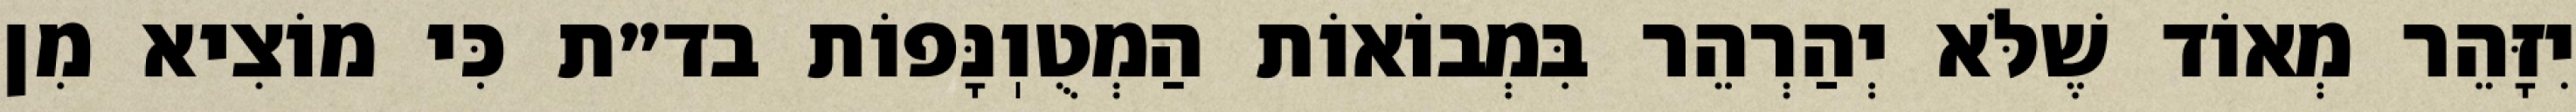
יִזָּהֵר מְאוֹד שֶׁלֹּא יְהַרְהֵר בִּמְבוֹאוֹת הַמְטֻוֽנָּפוֹת בד״ת כִּי מוֹצִיא מִן